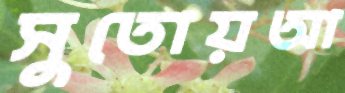
সুতোয়আ